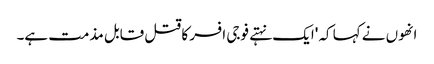
انھوں نے کہا کہ 'ایک نہتے فوجی افسر کا قتل قابل مذمت ہے۔